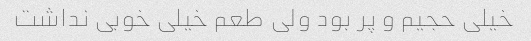
خیلی حجیم و پر بود ولی طعم خیلی خوبی نداشت